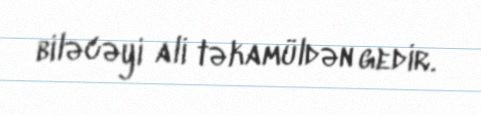
biləcəyi ali təkamüldən gedir.